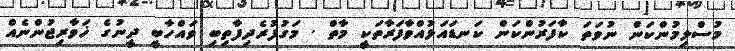
މުސްލިމުންކަން ނުވަތަ ކާފަރުންކަން ކަނޑައަޅުއްވާފަރާތަކީ މާތް . މަގުފުރެދިފާތިބި ވައްހާބީ ދީނުގެ ޚަވާރިޖުންނެއް